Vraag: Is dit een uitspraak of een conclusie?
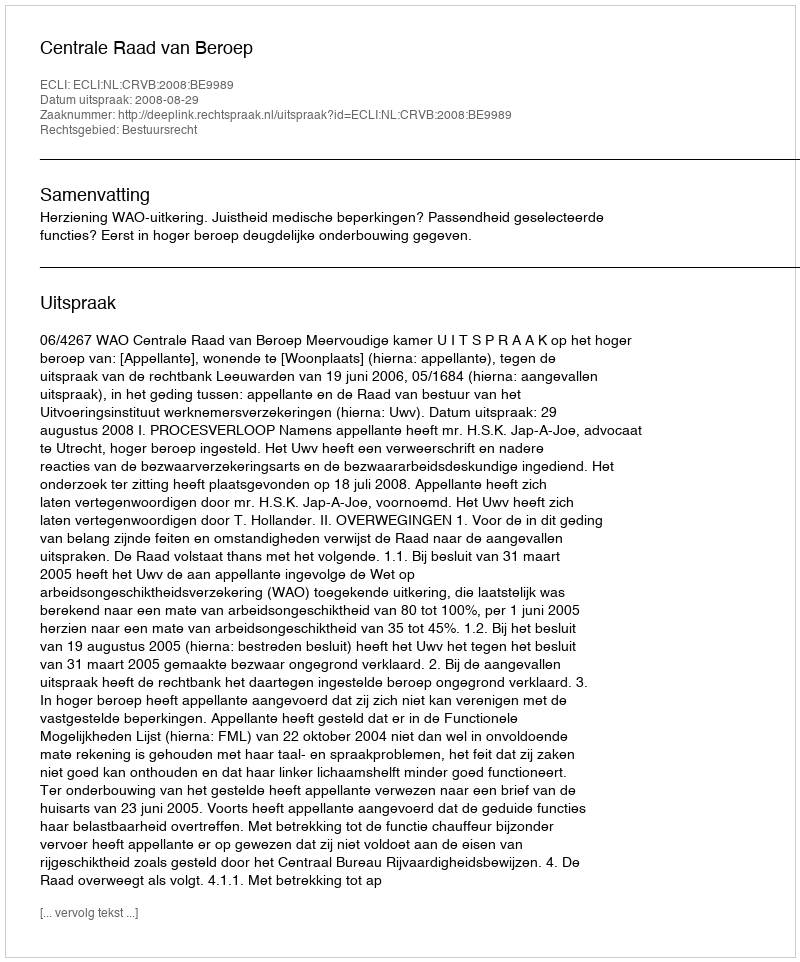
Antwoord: Uitspraak